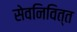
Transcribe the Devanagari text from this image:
सेवनिवित्त